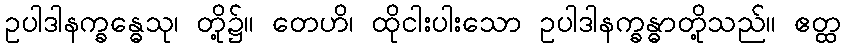
ဥပါဒါနက္ခန္ဓေသု၊ တို့၌။ တေဟိ၊ ထိုငါးပါးသော ဥပါဒါနက္ခန္ဓာတို့သည်။ ဧတ္ထ